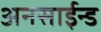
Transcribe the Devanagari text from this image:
अनसाईन्ड